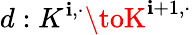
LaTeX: d:K^{\mathbf{i},\cdot}\toK^{\mathbf{i}+1,\cdot}